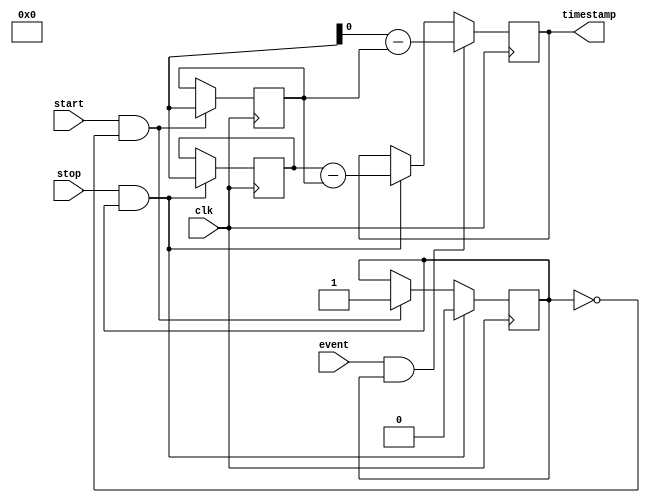
module time_stamping_timer (
    input wire clk,
    input wire start,
    input wire stop,
    input wire event,
    output reg [31:0] timestamp
);

reg [31:0] start_time;
reg [31:0] stop_time;
reg capturing;

always @ (posedge clk) begin
    if (start && !capturing) begin
        start_time <= $realtime;
        capturing <= 1;
    end
    if (stop && capturing) begin
        stop_time <= $realtime;
        capturing <= 0;
        timestamp <= stop_time - start_time;
    end
    if (event && capturing) begin
        timestamp <= $realtime - start_time;
    end
end

endmodule